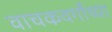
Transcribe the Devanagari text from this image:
वाचकवर्गांच्या